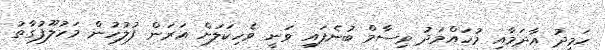
ހަމީދު އާދަމާއި މުހައްމަދު ވިސާމް ބުނެފައި ވަނީ ވެހިކަލަށް އަރަން ފުލުހުން މަހުލޫފުގާތު